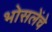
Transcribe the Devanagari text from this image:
भोसलेंचे